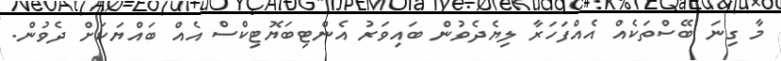
މާ ގިނަ ބޭސްތަކެއް އެއްފަހަރާ ލިޔެދެވުން ބައިވަރު އެންޓިބަޔޮޓިކްސް އެއް ބައްޔަކަށް ދެވުން.